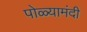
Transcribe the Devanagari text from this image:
पोळ्यामंदी